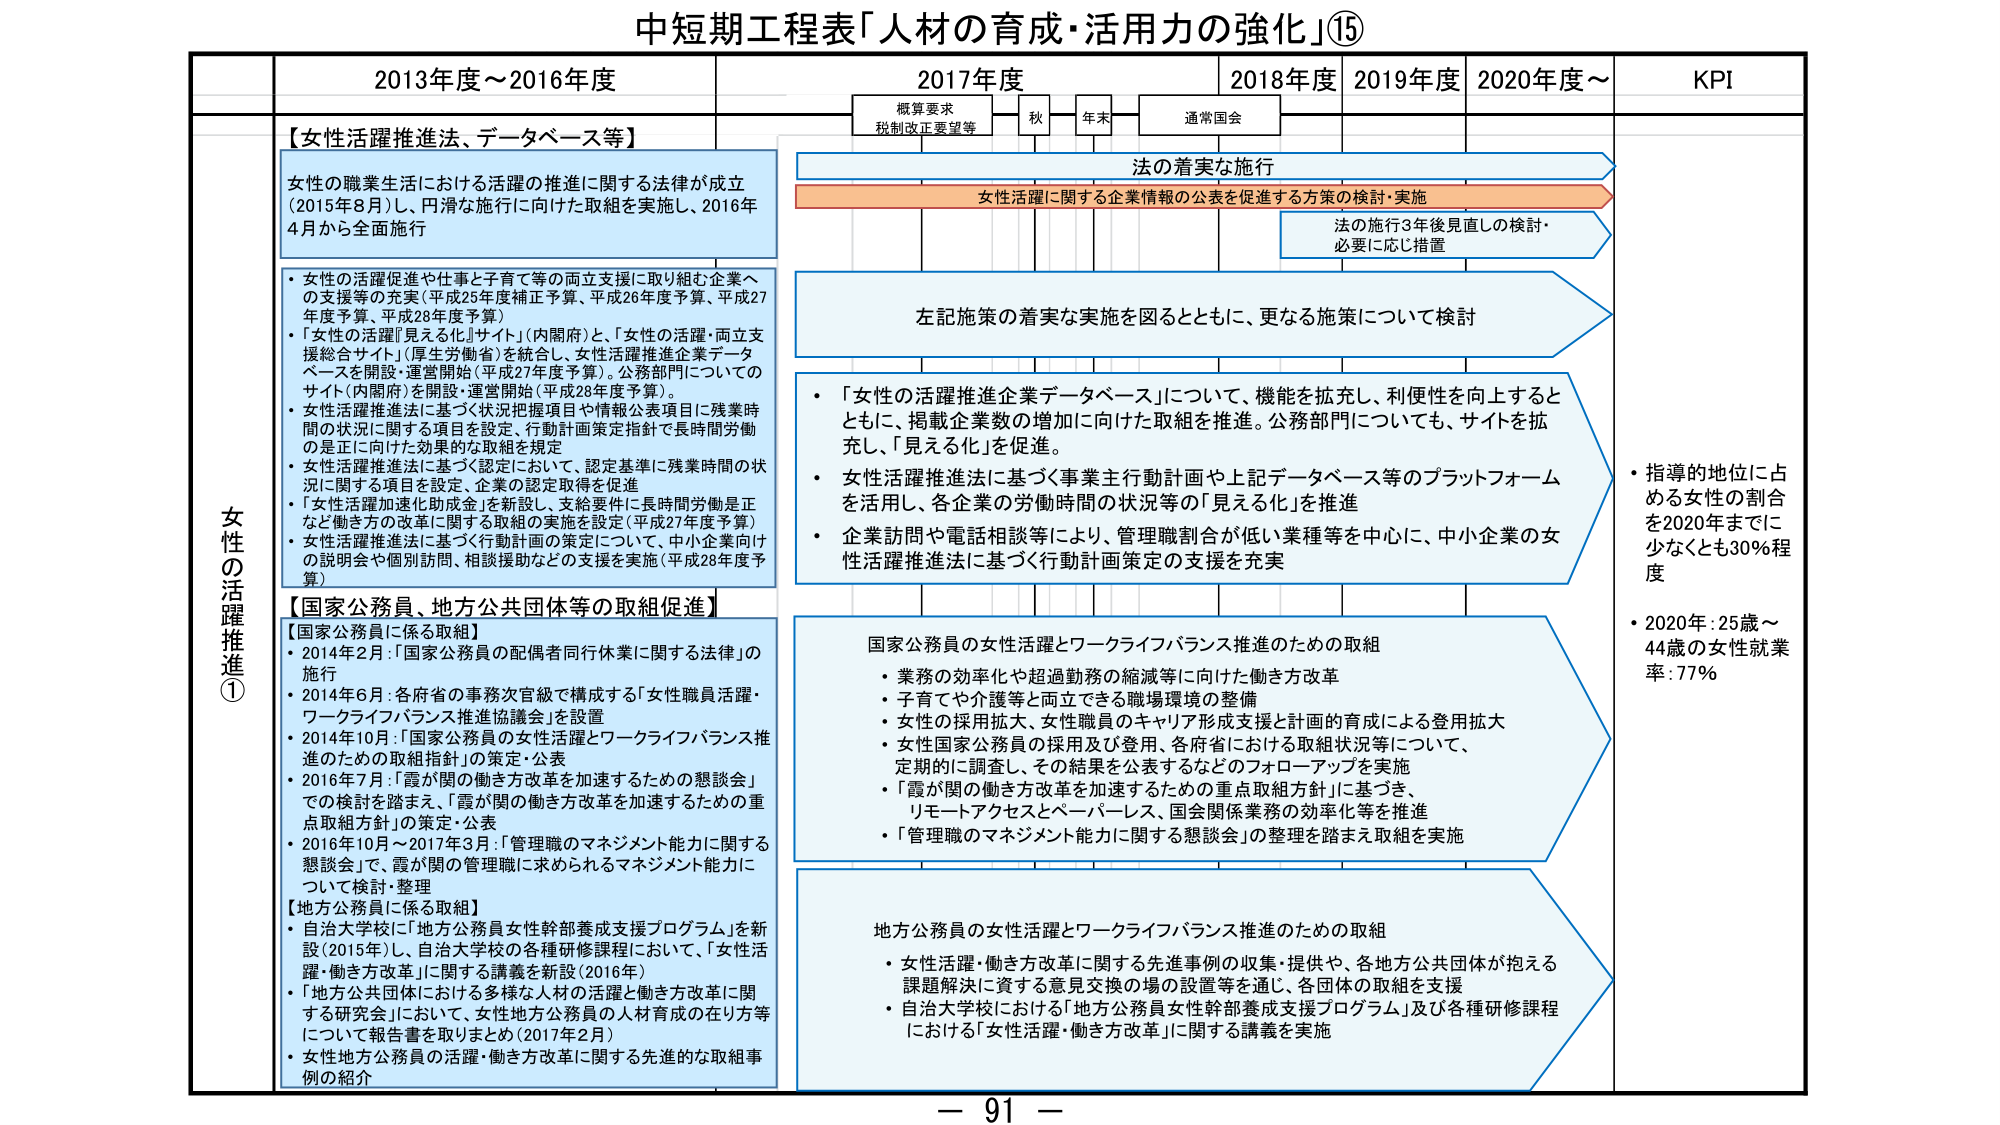
中短期工程表「人材の育成・活用力の強化」⑮

女性の活躍推進①

2013年度～2016年度

【女性活躍推進法、データベース等】
女性の職業生活における活躍の推進に関する法律が成立（2015年8月）し、円滑な施行に向けた取組を実施し、2016年4月から全面施行

・女性の活躍促進や仕事と子育て等の両立支援に取り組む企業への支援等の充実（平成25年度補正予算、平成26年度予算、平成27年度予算、平成28年度予算）
・「女性の活躍『見える化』サイト」（内閣府）と、「女性の活躍・両立支援総合サイト」（厚生労働省）を統合し、女性活躍推進企業データベースを開設・運営開始（平成27年度予算）。公務部門についてのサイト（内閣府）を開設・運営開始（平成28年度予算）。
・女性活躍推進法に基づく状況把握項目や情報公表項目に残業時間の状況に関する項目を設定、行動計画策定指針で長時間労働の是正に向けた効果的な取組を規定
・女性活躍推進法に基づく認定において、認定基準に残業時間の状況に関する項目を設定、企業の認定取得を促進
・「女性活躍加速化助成金」を新設し、支給要件に長時間労働是正など働き方の改革に関する取組の実施を設定（平成27年度予算）
・女性活躍推進法に基づく行動計画の策定について、中小企業向けの説明会や個別訪問、相談援助などの支援を実施（平成28年度予算）

【国家公務員、地方公共団体等の取組促進】
【国家公務員に係る取組】
・2014年2月：「国家公務員の配偶者同行休業に関する法律」の施行
・2014年6月：各省府の事務次官級で構成する「女性職員活躍・ワークライフバランス推進協議会」を設置
・2014年10月：「国家公務員の女性活躍とワークライフバランス推進のための取組指針」の策定・公表
・2016年7月：「霞が関の働き方改革を加速するための懇談会」での検討を踏まえ、「霞が関の働き方改革を加速するための重点取組方針」の策定・公表
・2016年10月～2017年3月：「管理職のマネジメント能力に関する懇談会」で、霞が関の管理職に求められるマネジメント能力について検討・整理

【地方公務員に係る取組】
・自治大学校に「地方公務員女性幹部養成支援プログラム」を新設（2015年）し、自治大学校の各種研修課程において、「女性活躍・働き方改革」に関する講義を新設（2016年）
・「地方公共団体における多様な人材の活躍と働き方改革に関する研究会」において、女性地方公務員の人材育成の在り方等について報告書を取りまとめ（2017年2月）
・女性地方公務員の活躍・働き方改革に関する先進的な取組事例の紹介

2017年度

概算要求
税制改正要望等

秋

年末

通常国会

法の着実な施行

女性活躍に関する企業情報の公表を促進する方策の検討・実施

法の施行3年後見直しの検討・必要に応じ措置

左記施策の着実な実施を図るとともに、更なる施策について検討

・「女性の活躍推進企業データベース」について、機能を拡充し、利便性を向上するとともに、掲載企業数の増加に向けた取組を推進。公務部門についても、サイトを拡充し、「見える化」を促進
・女性活躍推進法に基づく事業主行動計画や上記データベース等のプラットフォームを活用し、各企業の労働時間の状況等の「見える化」を推進
・企業訪問や電話相談等により、管理職割合が低い業種等を中心に、中小企業の女性活躍推進法に基づく行動計画策定の支援を充実

国家公務員の女性活躍とワークライフバランス推進のための取組
・業務の効率化や超過勤務の縮減等に向けた働き方改革
・子育てや介護等と両立できる職場環境の整備
・女性の採用拡大、女性職員のキャリア形成支援と計画的育成による登用拡大
・女性国家公務員の採用及び登用、各省庁における取組状況等について、定期的に調査し、その結果を公表するなどのフォローアップを実施
・「霞が関の働き方改革を加速するための重点取組方針」に基づき、リモートアクセスとペーパーレス、国会関係業務の効率化等を推進
・「管理職のマネジメント能力に関する懇談会」の整理を踏まえ取組を実施

地方公務員の女性活躍とワークライフバランス推進のための取組
・女性活躍・働き方改革に関する先進事例の収集・提供や、各地方公共団体が抱える課題解決に資する意見交換の場の設置等を通じ、各団体の取組を支援
・自治大学校における「地方公務員女性幹部養成支援プログラム」及び各種研修課程における「女性活躍・働き方改革」に関する講義を実施

2018年度

2019年度

2020年度～

KPI

・指導的地位に占める女性の割合を2020年までに少なくとも30％程度
・2020年：25歳～44歳の女性就業率：77％

－ 91 －